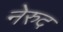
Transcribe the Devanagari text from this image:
नेरुद